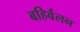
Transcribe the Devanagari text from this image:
बहिर्वलन